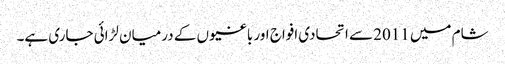
شام میں 2011 سے اتحادی افواج اور باغیوں کے درمیان لڑائی جاری ہے۔